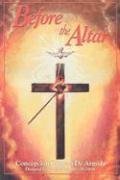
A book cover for Before The Altar; Concepcion Cabrera De Armida; Christian Books & Bibles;